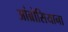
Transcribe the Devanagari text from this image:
आंब्रोसियाना